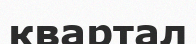
квартал